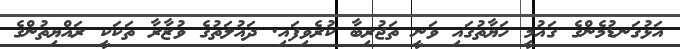
އަޅުގަނޑުމެންގެ ގައުމީ ހަޔާތުގައި ވަނީ ތަޖުރިބާ ކުރެވިފައި. ދައުލަތުގެ ވުޒާރާ ތަކަކީ ރައްޔިތުންގެ